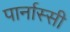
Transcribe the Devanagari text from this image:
पार्नास्सी